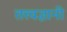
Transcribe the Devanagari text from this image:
तत्त्‍वज्ञानी